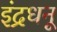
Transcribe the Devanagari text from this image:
इंद्रधनू